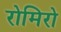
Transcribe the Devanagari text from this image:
रोमिरो